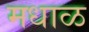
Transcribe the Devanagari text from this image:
मधाळ